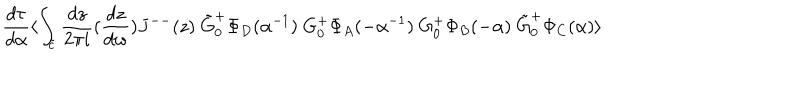
LaTeX: \frac { d \tau } { d \alpha } \langle \int _ { \tilde { c } } \frac { d z } { 2 \pi i } ( \frac { d z } { d w } ) J ^ { -- } ( z ) ~ \tilde { G } _ { 0 } ^ { + } \Phi _ { D } ( \alpha ^ { - 1 } ) ~ G _ { 0 } ^ { + } \Phi _ { A } ( - \alpha ^ { - 1 } ) ~ G _ { 0 } ^ { + } \Phi _ { B } ( - \alpha ) ~ \tilde { G } _ { 0 } ^ { + } \Phi _ { C } ( \alpha ) \rangle